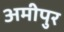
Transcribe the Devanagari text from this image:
अमीपुर